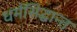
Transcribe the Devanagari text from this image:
धर्मसिद्धान्त